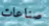
صناعات